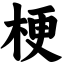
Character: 梗